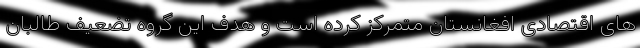
های اقتصادی افغانستان متمرکز کرده است و هدف این گروه تضعیف طالبان